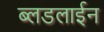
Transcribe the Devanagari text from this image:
ब्लडलाईन